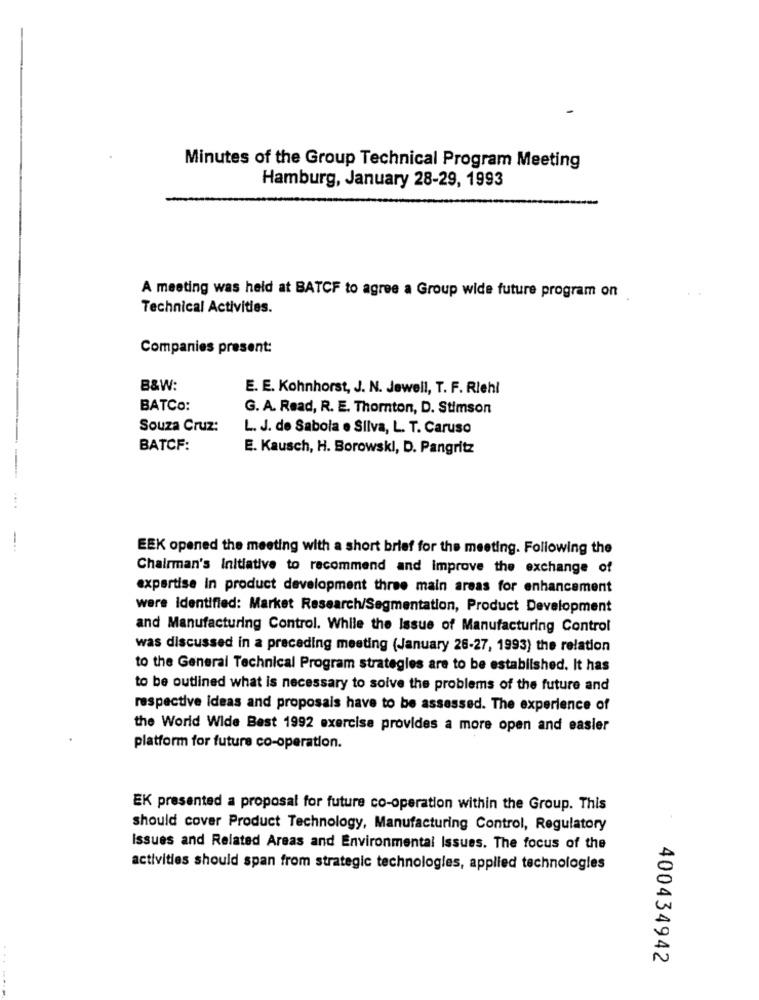
Minutes of the Group Technical Program Meeting
Hamburg, January 28-29, 1993
A meeting was held at BATCF to agree a Group wide future program on
Technical Activities.
Companies present:
B&W:
E. E. Kohnhorst, J. N. Jewell, T. F. Rlehl
BATCO:
G. A. Read, R. E. Thornton, D. Stimson
Souza Cruz:
L. J. de Saboia e Silva, L. T. Caruso
BATCF:
E. Kausch, H. Borowski, D. Pangritz
EEK opened the meeting with a short brief for the meeting. Following the
Chairman's Initiative to recommend and improve the exchange of
expertise in product development three main areas for enhancement
were Identified: Market Research/Segmentation, Product Development
and Manufacturing Control. While the Issue of Manufacturing Control
was discussed in a preceding meeting (January 26-27, 1993) the relation
to the General Technical Program strategies are to be established. It has
to be outlined what is necessary to solve the problems of the future and
respective ideas and proposais have to be assessed. The experience of
the World Wide Best 1992 exercise provides a more open and easier
platform for future co-operation.
EK presented a proposal for future co-operation within the Group. This
should cover Product Technology, Manufacturing Control, Regulatory
Issues and Related Areas and Environmental Issues. The focus of the
activities should span from strategic technologies, applied technologies
400434942
.....